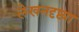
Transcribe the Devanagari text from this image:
लेखनदृष्ट्या